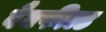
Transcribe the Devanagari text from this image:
बैमफील्ड